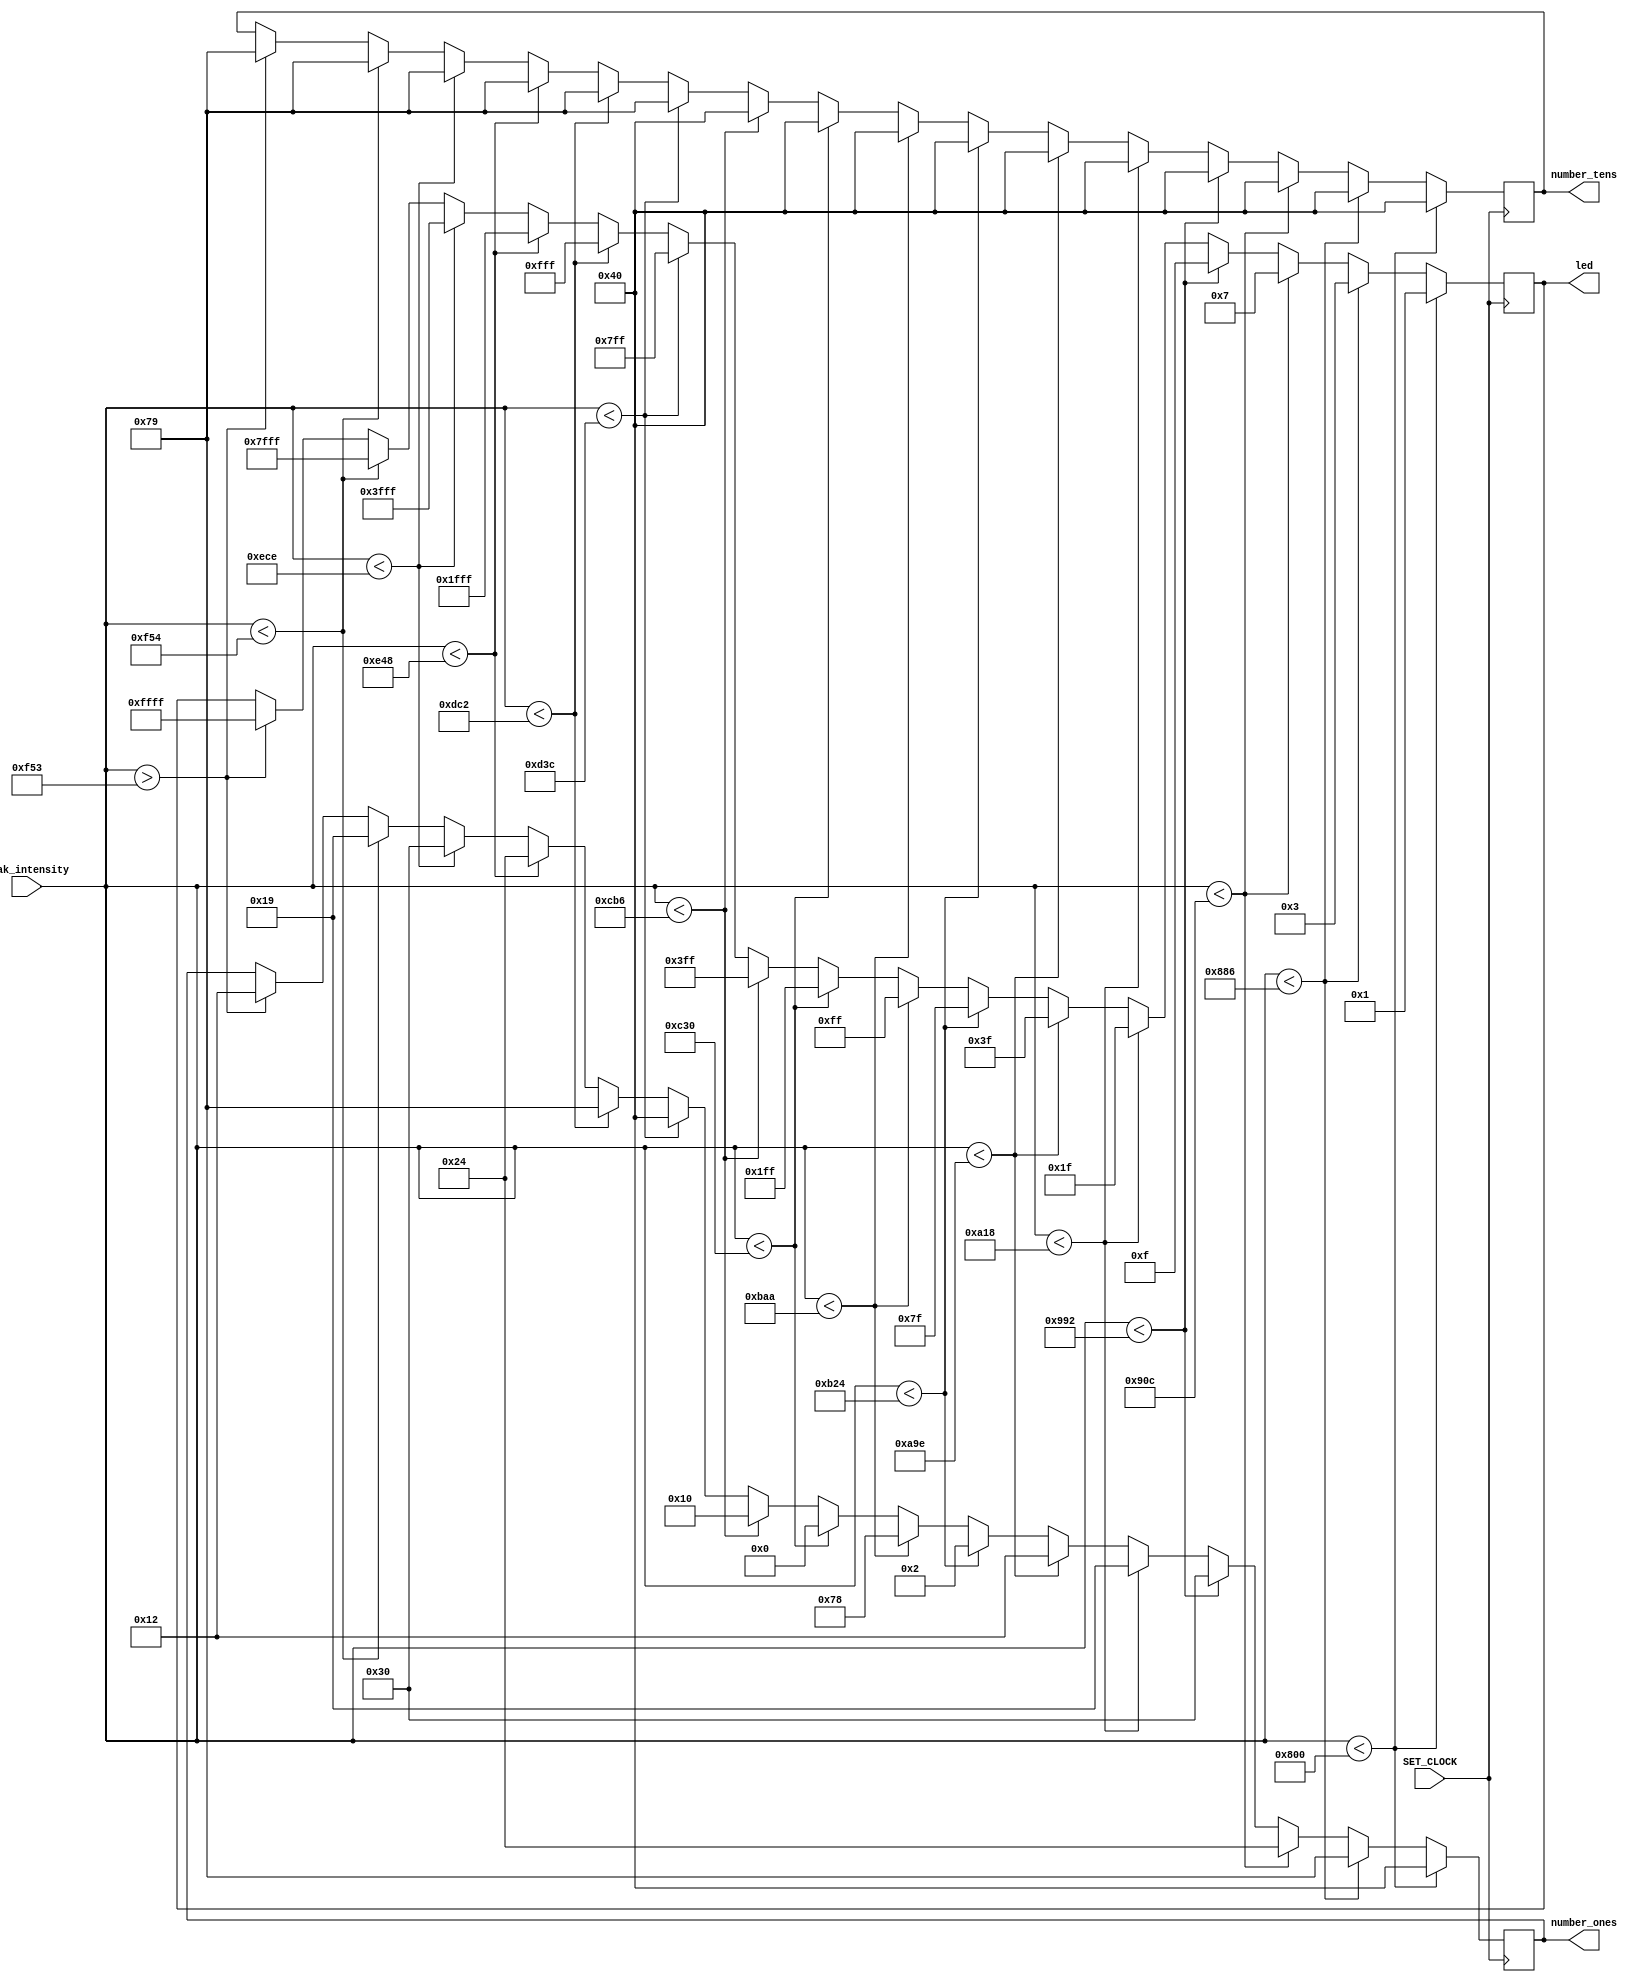
`timescale 1ns / 1ps

module intensity_analysis(input SET_CLOCK, input [11:0] peak_intensity,  output reg [6:0] number_tens = 0,
                          output reg [6:0] number_ones = 0, output reg [15:0] led = 0);
    

    
    reg[6:0]char_0 = 7'b1000000;
    reg[6:0]char_1 = 7'b1111001;
    reg[6:0]char_2 = 7'b0100100;
    reg[6:0]char_3 = 7'b0110000; 
    reg[6:0]char_4 = 7'b0011001;
    reg[6:0]char_5 = 7'b0010010;
    reg[6:0]char_6 = 7'b0000010;
    reg[6:0]char_7 = 7'b1111000; 
    reg[6:0]char_8 = 7'b0;
    reg[6:0]char_9 = 7'b0010000;
   
  
        always@(posedge SET_CLOCK) begin
               
                        if (peak_intensity[11:0] < 12'd2048) begin // Case0
                          number_tens[6:0] <= char_0[6:0];
                          number_ones[6:0] <= char_0[6:0];
                          led <= 16'b0000000000000001;
                          end
                        else if (peak_intensity[11:0] < 12'd2182) begin  // Case1
                          number_tens[6:0] <= char_0[6:0];
                          number_ones[6:0] <= char_1[6:0];    
                          led <= 16'b0000000000000011;          
                           end
                        else if (peak_intensity[11:0] < 12'd2316) begin  // Case2
                          number_tens[6:0] <= char_0[6:0];
                          number_ones[6:0] <= char_2[6:0];
                          led <= 16'b0000000000000111;
                           end
                        else if (peak_intensity[11:0] < 12'd2450) begin  // Case3
                          number_tens[6:0] <= char_0[6:0];
                          number_ones[6:0] <= char_3[6:0];
                          led <= 16'b000000000001111;
                           end
                           
                        else if (peak_intensity[11:0] < 12'd2584) begin  // Case4
                          number_tens[6:0] <= char_0[6:0];
                          number_ones[6:0] <= char_4[6:0];
                          led <= 16'b0000000000011111;
                           end
                        else if (peak_intensity[11:0] < 12'd2718) begin  // Case5
                          number_tens[6:0] <= char_0[6:0];
                          number_ones[6:0] <= char_5[6:0];
                          led <= 16'b0000000000111111;
                           end                         
                        else if (peak_intensity[11:0] < 12'd2852) begin  // Case6
                          number_tens[6:0] <= char_0[6:0];
                          number_ones[6:0] <= char_6[6:0];
                          led <= 16'b0000000001111111;
                           end  
                           
                        else if (peak_intensity[11:0] < 12'd2986) begin  // Case7
                          number_tens[6:0] <= char_0[6:0];
                          number_ones[6:0] <= char_7[6:0];
                          led <= 16'b0000000011111111;
                           end      
                                                                                                                        
                        else if (peak_intensity[11:0] < 12'd3120) begin  // Case8
                          number_tens[6:0] <= char_0[6:0];
                          number_ones[6:0] <= char_8[6:0];
                          led <= 16'b0000000111111111;
          
                           end  
                        else if (peak_intensity[11:0] < 12'd3254) begin  // Case9
                          number_tens[6:0] <= char_0[6:0];
                          number_ones[6:0] <= char_9[6:0];
                          led <= 16'b0000001111111111;
          
                          end  
                        else if (peak_intensity[11:0] < 12'd3388) begin  // Case10
                          number_tens[6:0] <= char_1[6:0];
                          number_ones[6:0] <= char_0[6:0];
                          led <= 16'b0000011111111111;
          
                          end  
                           
                        else if (peak_intensity[11:0] < 12'd3522) begin  // Case11
                          number_tens[6:0] <= char_1[6:0];
                          number_ones[6:0] <= char_1[6:0];
                          led <= 16'b0000111111111111;
          
                          end
                        else if (peak_intensity[11:0] < 12'd3656) begin// Case12
                          number_tens[6:0] <= char_1[6:0];
                          number_ones[6:0] <= char_2[6:0];
                          led <= 16'b0001111111111111;
          
                          end 
                        else if (peak_intensity[11:0] < 12'd3790) begin// Case13
                          number_tens[6:0] <= char_1[6:0];
                          number_ones[6:0] <= char_3[6:0];
                          led <= 16'b0011111111111111;
          
                          end 
                        else if (peak_intensity[11:0] < 12'd3924) begin// Case14
                          number_tens[6:0] <= char_1[6:0];
                          number_ones[6:0] <= char_4[6:0];
                          led <= 16'b0111111111111111;
          
                          end                   
                        else if (peak_intensity[11:0] > 12'd3923) begin// Case15
                           number_tens[6:0] <= char_1[6:0];
                          number_ones[6:0] <= char_5[6:0];
                          led <= 16'b1111111111111111; 
                          end                                                                    
              
            end    
endmodule